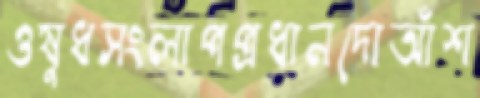
ওষুধসংলাপপ্রধানদোআঁশ